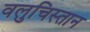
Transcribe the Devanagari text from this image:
वलुचिस्तान